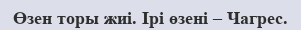
Өзен торы жиі. Ірі өзені – Чагрес.